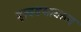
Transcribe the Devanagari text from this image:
हावडयावरुन